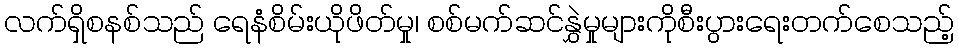
လက်ရှိစနစ်သည် ရေနံစိမ်းယိုဖိတ်မှု၊ စစ်မက်ဆင်နွှဲမှုများကိုစီးပွားရေးတက်စေသည့်